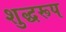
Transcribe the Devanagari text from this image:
शुद्धरूप